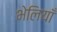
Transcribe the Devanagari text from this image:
भेलियाँ